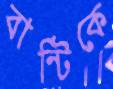
বান্টিকে